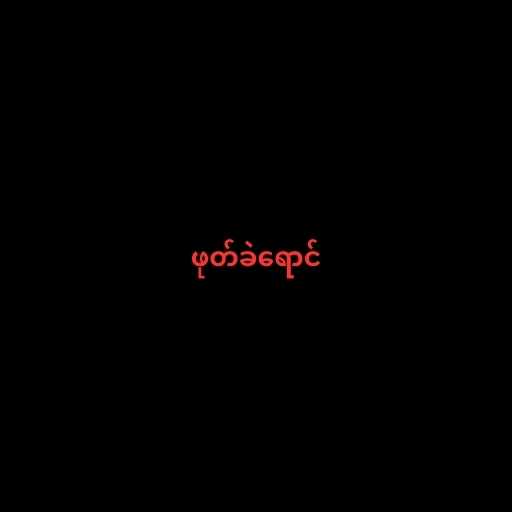
ဖုတ်ခဲရောင်